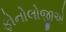
ફોનોલોજીએ